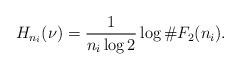
LaTeX: \begin{align*}H_{n_i}(\nu)=\frac{1}{n_i\log 2}\log \#F_2(n_i).\end{align*}